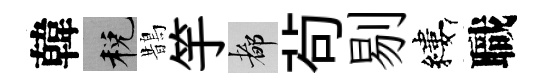
韓税鵲竽都茍剔縷職